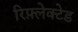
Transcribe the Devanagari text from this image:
रिफ़्लेक्टेड